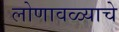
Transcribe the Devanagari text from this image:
लोणावळ्याचे